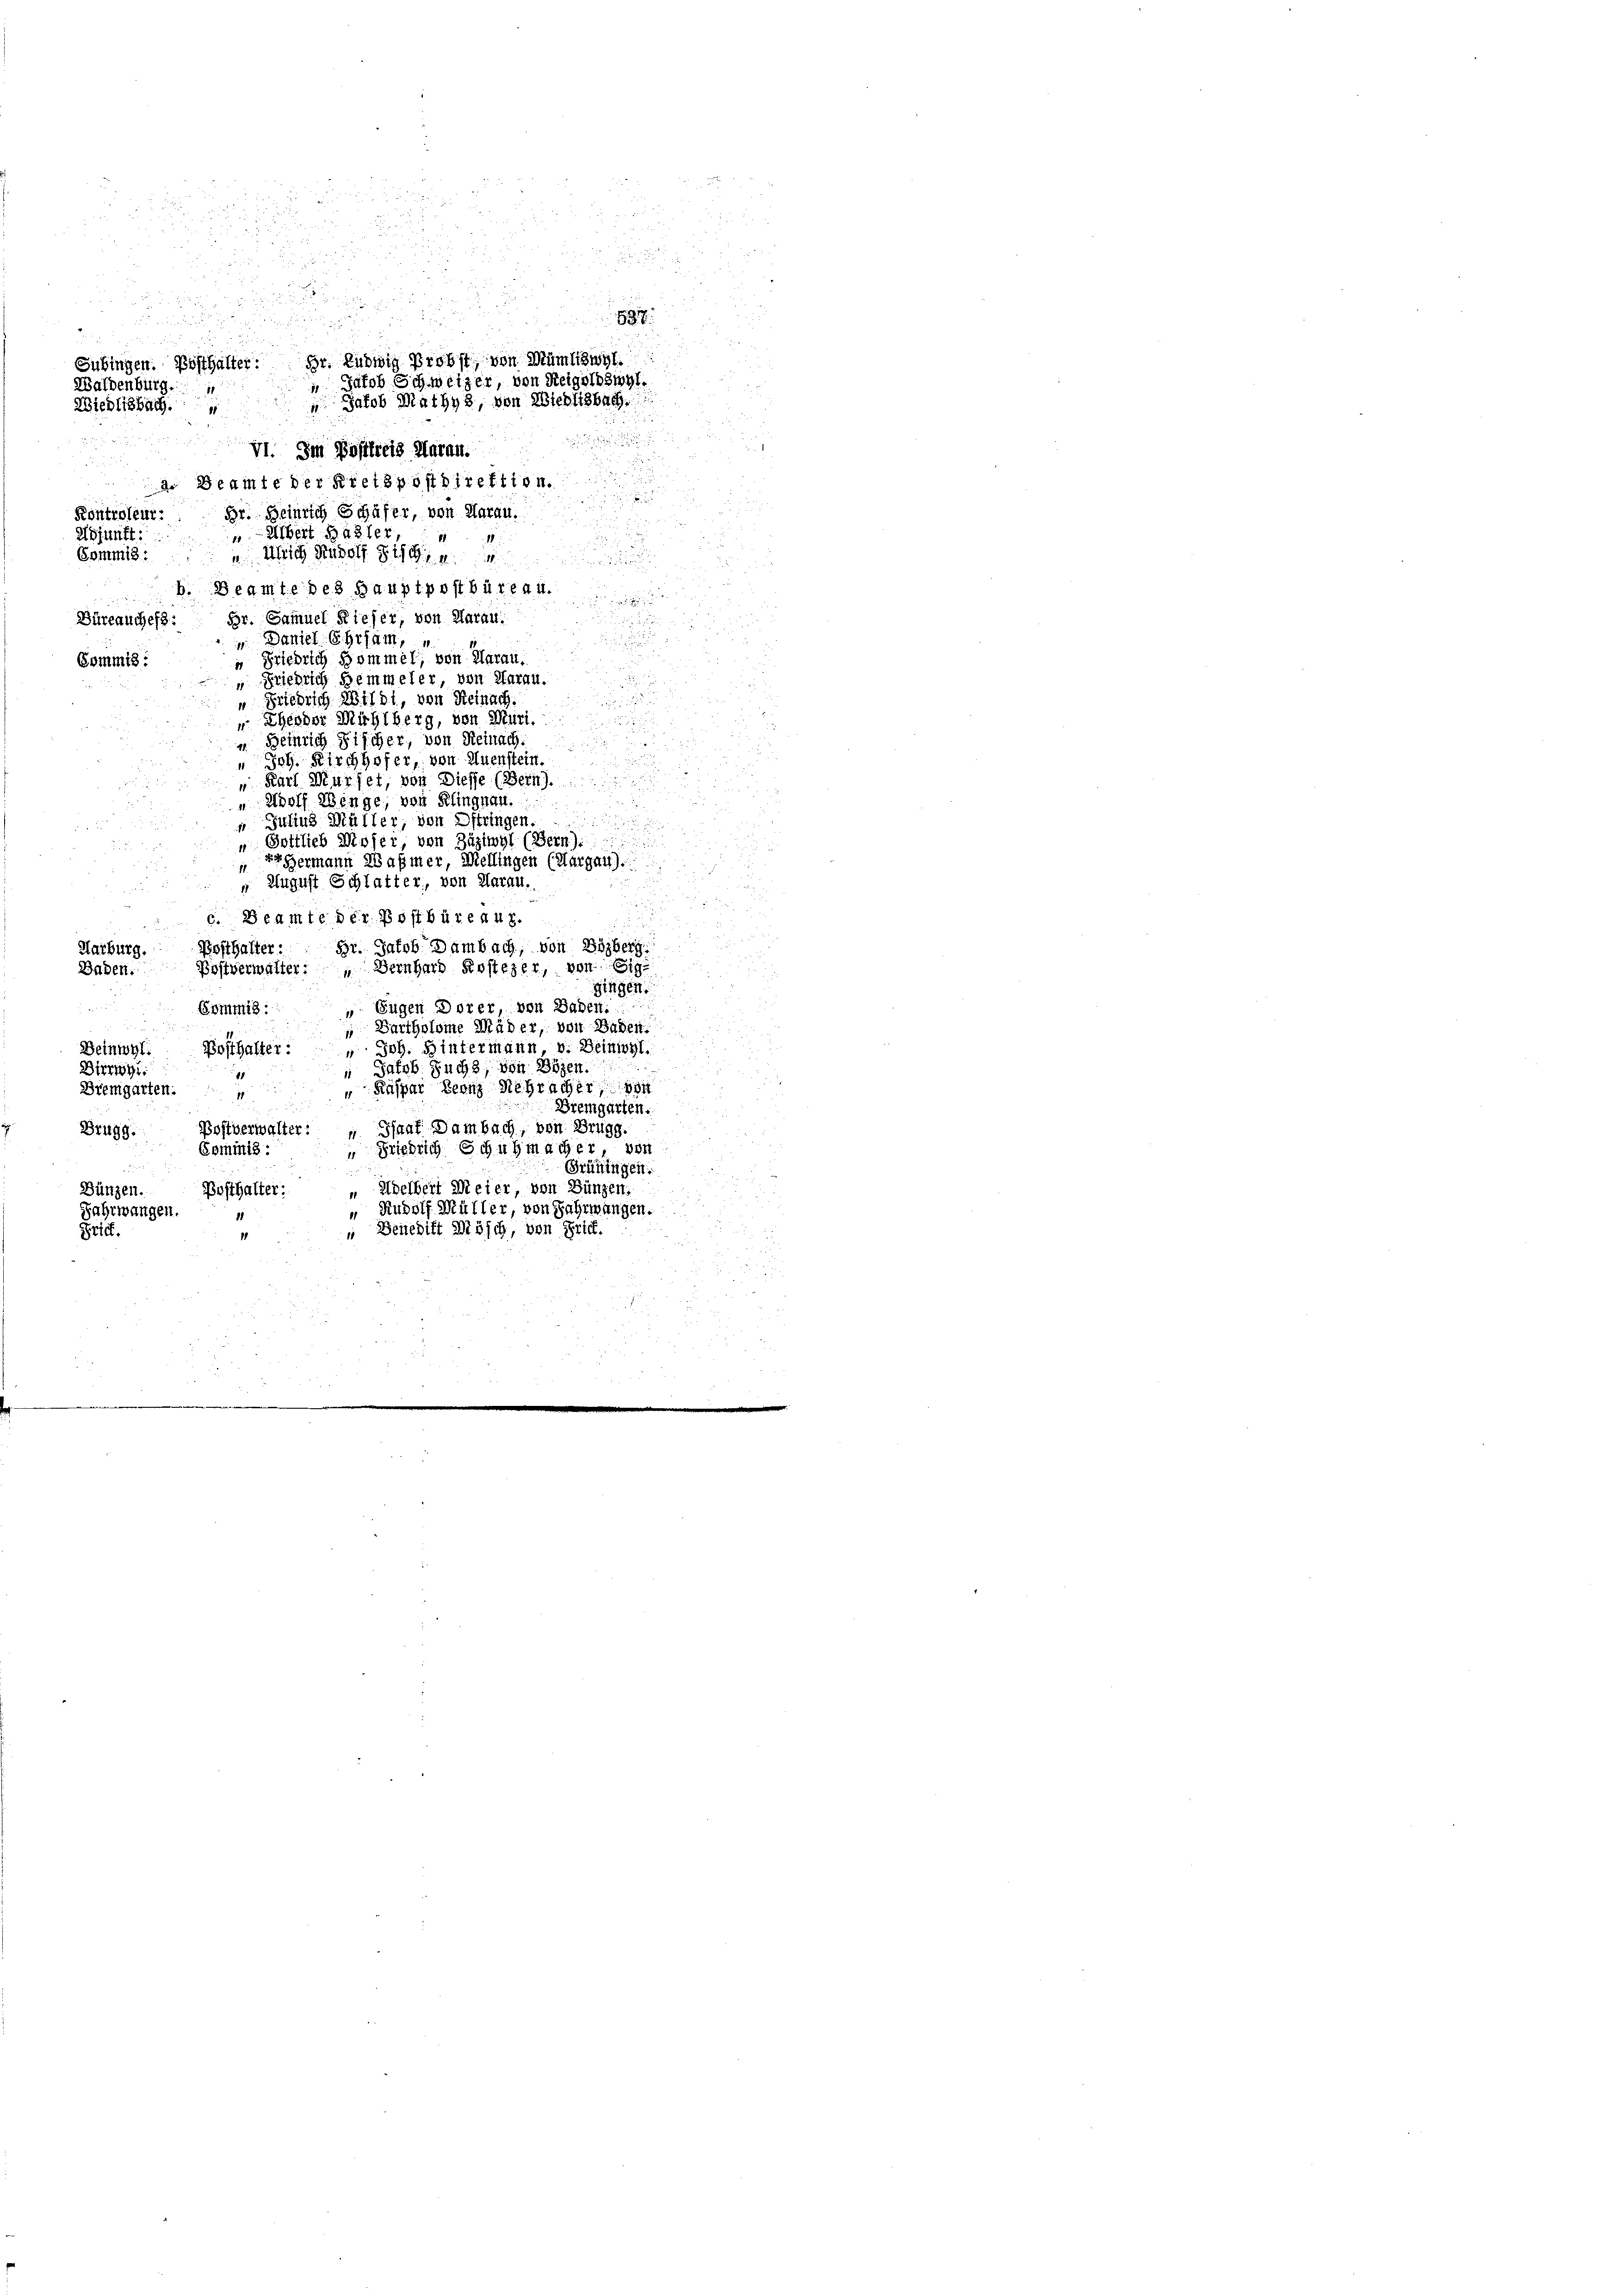
ur
Waldenburg.

u
VI. Im Postreis Murau.
a. Beamte der Kreispostdirektion.
Br. Heinrich Schüfer, von Aarau.
Kontroleur:
m. Albert Hasler,
Abfunft:
41
Commis: " Ulrich Rudolf § 111 4
.
b. Beamte des Hauptpostbüreau.

Büreauches: Br. Samuel Kieser, von Aarau
i Daniel Ehrsam,
 Friedrich Sommel, von Aarau,
Kommts:
 Friedrich Hemmeler, von Aarau.
“ Friedrich Wildt, von Reinach.
Eheder Michlberg, von Muri
Beinrich Fischer, von Reinach
Joh. Kirchhofer, von Huenstein.
" Karl Murhet, von Diesse (Bern).
.
" Adolf Winge, von Klingnau.
.
 Julius Müller, von Oftringen.
.
u
" Gottlieb Moser, von Zügiwyl (Bern):
2
Hermann Balmer, Mellingen (Margau).

August Schlatter, von Aarau.
1
e
u
c. Beamte der Postbüreauz.
Br. Jacob Bambach, von Biberg
Posthalter:
Harburg.
Postverwalter: " Bernhard Kostezer, von Sig
Baden.
gingen.
Eugen Dorer, von Baden,

Gommis ::
 Bartholome Mäder, von Baden
Beinwyl
Posthalter:
" Joh. Hintermann, v. Beinigl.
 Jakob. Zucht, von Bogen.
Birrigi
.
Käspar Leonz Mehracher von
Bremgarten.
1

Bremgarten.
Postverwalter: „ Shaaf Dambach, von Brugg.
Brugg. Commis:
“ Friedrich Schuhmacher, von
Grüningen.
 Adelbert Meier, von Bünzen.
Dünzen. Posthalter:
“ Rudolf Müller, von Jahrmangen.
Fahrwangen.
 Benedikt Mösch, von Frick.
Priet.

e
Sübingen. Posthalter: Dr. Ludwig Probst von Mümtzwyl.
“ Jakob Schweizer, von Neiguloswyl.
Miedlisbach. Jakob Mathys, von Wiedlisbach.

2 Fr
837.

i
2
25